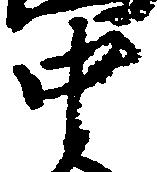
中